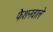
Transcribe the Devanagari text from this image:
फैशनवाले